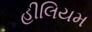
હીલિયમ